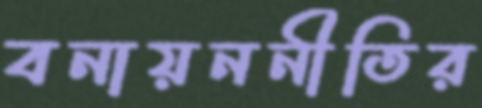
বনায়ননীতির